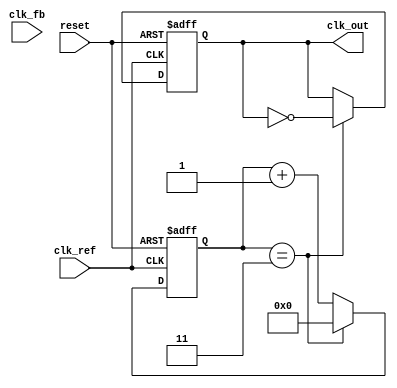
module cp_pll (
    input wire clk_ref,        // Reference clock input
    input wire clk_fb,         // Feedback clock input from VCO
    input wire reset,          // Asynchronous reset
    output reg clk_out         // Output clock from VCO
);

// Parameters
parameter VCO_MAX_FREQ = 100; // Maximum frequency of VCO
parameter VCO_MIN_FREQ = 10;   // Minimum frequency of VCO
parameter DIV_RATIO = 4;       // Frequency divider ratio

// PFD signals
reg up, down;
reg [1:0] state; // State for PFD

// Charge Pump signals
reg charge, discharge;
reg [7:0] charge_current; // Charge current value
reg [7:0] discharge_current; // Discharge current value

// Loop Filter
reg [15:0] loop_filter_voltage; // Control voltage for VCO

// VCO
reg [7:0] vco_frequency; // Current frequency of VCO

// Frequency Divider
reg [7:0] divider_count; // Counter for frequency division

// PFD Implementation
always @(posedge clk_ref or posedge reset) begin
    if (reset) begin
        state <= 2'b00;
        up <= 0;
        down <= 0;
    end else begin
        case (state)
            2'b00: begin // Wait for edges
                if (clk_ref && !clk_fb) begin
                    up <= 1;
                    down <= 0;
                    state <= 2'b01; // Reference clock edge detected
                end else if (!clk_ref && clk_fb) begin
                    up <= 0;
                    down <= 1;
                    state <= 2'b10; // Feedback clock edge detected
                end
            end
            2'b01: begin // Reference clock edge processed
                up <= 0;
                state <= 2'b00;
            end
            2'b10: begin // Feedback clock edge processed
                down <= 0;
                state <= 2'b00;
            end
        endcase
    end
end

// Charge Pump Implementation
always @(posedge clk_ref or posedge reset) begin
    if (reset) begin
        charge <= 0;
        discharge <= 0;
        charge_current <= 8'd0;
        discharge_current <= 8'd0;
    end else begin
        if (up) begin
            charge <= 1;
            charge_current <= charge_current + 1; // Increment charge current
        end else begin
            charge <= 0;
        end
        
        if (down) begin
            discharge <= 1;
            discharge_current <= discharge_current + 1; // Increment discharge current
        end else begin
            discharge <= 0;
        end
    end
end

// Loop Filter Implementation
always @(posedge clk_ref or posedge reset) begin
    if (reset) begin
        loop_filter_voltage <= 16'd0;
    end else begin
        loop_filter_voltage <= loop_filter_voltage + charge_current - discharge_current; // Update control voltage
    end
end

// VCO Implementation
always @(posedge clk_ref or posedge reset) begin
    if (reset) begin
        vco_frequency <= VCO_MIN_FREQ; // Start at minimum frequency
    end else begin
        // Control VCO frequency based on loop filter voltage
        if (loop_filter_voltage > 16'd100) begin
            vco_frequency <= VCO_MAX_FREQ; // Set to max frequency
        end else if (loop_filter_voltage < 16'd10) begin
            vco_frequency <= VCO_MIN_FREQ; // Set to min frequency
        end else begin
            vco_frequency <= loop_filter_voltage[7:0]; // Map voltage to frequency
        end
    end
end

// Frequency Divider Implementation
always @(posedge clk_ref or posedge reset) begin
    if (reset) begin
        divider_count <= 8'd0;
        clk_out <= 0;
    end else begin
        if (divider_count == DIV_RATIO - 1) begin
            clk_out <= ~clk_out; // Toggle output clock
            divider_count <= 8'd0; // Reset counter
        end else begin
            divider_count <= divider_count + 1; // Increment counter
        end
    end
end

endmodule